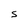
Character: S